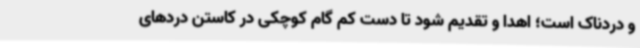
و دردناک است؛ اهدا و تقدیم شود تا دست کم گام کوچکی در کاستن دردهای